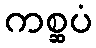
ကစ္ဆပံ